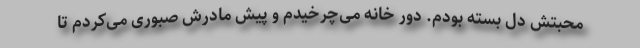
محبتش دل بسته بودم. دور خانه می‌چرخیدم و پیش مادرش صبوری می‌کردم تا